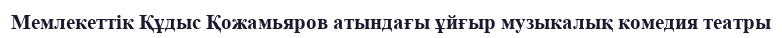
Мемлекеттік Құдыс Қожамьяров атындағы ұйғыр музыкалық комедия театры